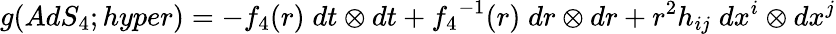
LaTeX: g(AdS_{4};hyper)=-{f_{4}}(r)\; dt\otimes dt+{f_{4}}^{-1}(r)\; dr\otimes dr+r^{2}h_{ij}\; dx^{i}\otimes dx^{j}